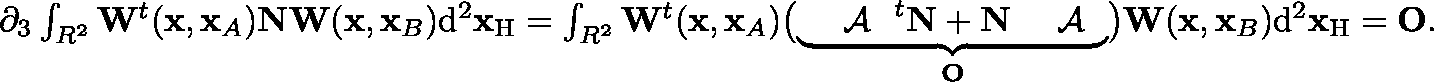
\begin{array} { r } { \partial _ { 3 } \int _ { { \mathbb { R } } ^ { 2 } } { \bf W } ^ { t } ( { \bf x } , { \bf x } _ { A } ) { \bf N } { \bf W } ( { \bf x } , { \bf x } _ { B } ) \mathrm { d } ^ { 2 } { \bf x } _ { \mathrm { H } } = \int _ { { \mathbb { R } } ^ { 2 } } { \bf W } ^ { t } ( { \bf x } , { \bf x } _ { A } ) \bigl ( \underbrace { \mathrm { ~ \boldmath ~ { ~ \cal ~ A ~ } ~ } ^ { t } { \bf N } + { \bf N } \mathrm { ~ \boldmath ~ { ~ \cal ~ A ~ } ~ } } _ { \bf O } \bigr ) { \bf W } ( { \bf x } , { \bf x } _ { B } ) \mathrm { d } ^ { 2 } { \bf x } _ { \mathrm { H } } = { \bf O } . } \end{array}